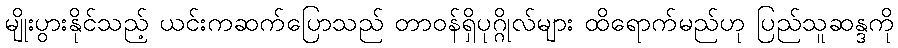
မျိုးပွားနိုင်သည့် ယင်းကဆက်ပြောသည် တာ၀န်ရှိပုဂ္ဂိုလ်များ ထိရောက်မည်ဟု ပြည်သူဆန္ဒကို